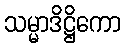
သမ္မာဒိဋ္ဌိကော